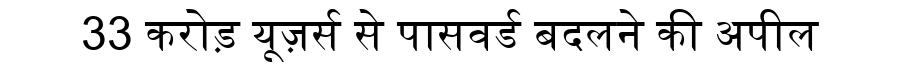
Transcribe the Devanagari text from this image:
33 करोड़ यूज़र्स से पासवर्ड बदलने की अपील